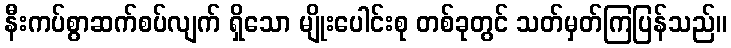
နီးကပ်စွာဆက်စပ်လျက် ရှိသော မျိုးပေါင်းစု တစ်ခုတွင် သတ်မှတ်ကြပြန်သည်။